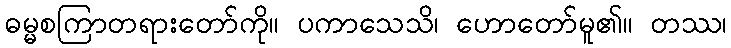
ဓမ္မစကြာတရားတော်ကို။ ပကာသေသိ၊ ဟောတော်မူ၏။ တဿ၊